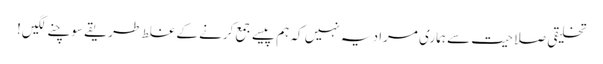
تخلیقی صلاحیت سے ہماری مراد یہ نہیں کہ ہم پیسے جمع کرنے کے غلط طریقے سوچنے لگیں!